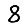
Digit: 8